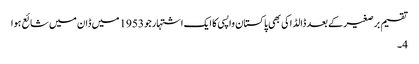
تقسیم برصغیر کے بعد ڈالڈاکی بھی پاکستان واپسی کا ایک اشتہارجو 1953 میں ڈان میں شائع ہوا
4۔